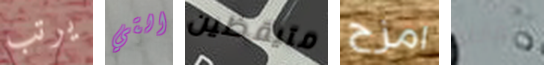
يرتب التي متيقظين امزح مقابله